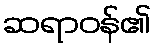
ဆရာဝန်၏